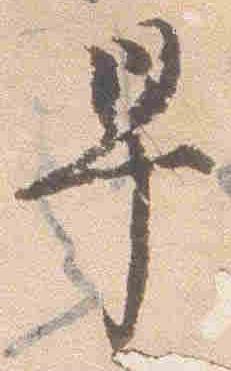
早